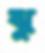
ঝু